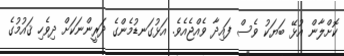
ކޮށްލާން އުޅޭ ބަޔަކު ވެސް ފައިދާ ވެއްޖެއެވެ. އަޅުގަނޑުމެންގެ ދަރީންނަކަށް ދިވެހި ޤައުމުގެ